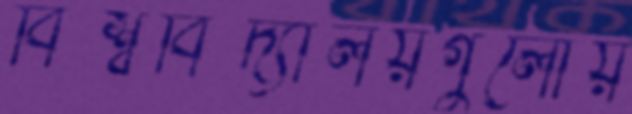
বিশ্ববিদ্যালয়গুলোয়